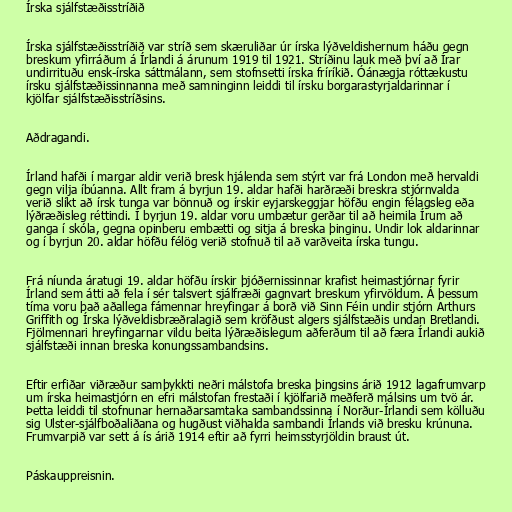
Írska sjálfstæðisstríðið

Írska sjálfstæðisstríðið var stríð sem skæruliðar úr írska lýðveldishernum háðu gegn
breskum yfirráðum á Írlandi á árunum 1919 til 1921. Stríðinu lauk með því að Írar
undirrituðu ensk-írska sáttmálann, sem stofnsetti írska fríríkið. Óánægja róttækustu
írsku sjálfstæðissinnanna með samninginn leiddi til írsku borgarastyrjaldarinnar í
kjölfar sjálfstæðisstríðsins.

Aðdragandi.

Írland hafði í margar aldir verið bresk hjálenda sem stýrt var frá London með hervaldi
gegn vilja íbúanna. Allt fram á byrjun 19. aldar hafði harðræði breskra stjórnvalda
verið slíkt að írsk tunga var bönnuð og írskir eyjarskeggjar höfðu engin félagsleg eða
lýðræðisleg réttindi. Í byrjun 19. aldar voru umbætur gerðar til að heimila Írum að
ganga í skóla, gegna opinberu embætti og sitja á breska þinginu. Undir lok aldarinnar
og í byrjun 20. aldar höfðu félög verið stofnuð til að varðveita írska tungu.

Frá níunda áratugi 19. aldar höfðu írskir þjóðernissinnar krafist heimastjórnar fyrir
Írland sem átti að fela í sér talsvert sjálfræði gagnvart breskum yfirvöldum. Á þessum
tíma voru það aðallega fámennar hreyfingar á borð við Sinn Féin undir stjórn Arthurs
Griffith og Írska lýðveldisbræðralagið sem kröfðust algers sjálfstæðis undan Bretlandi.
Fjölmennari hreyfingarnar vildu beita lýðræðislegum aðferðum til að færa Írlandi aukið
sjálfstæði innan breska konungssambandsins.

Eftir erfiðar viðræður samþykkti neðri málstofa breska þingsins árið 1912 lagafrumvarp
um írska heimastjórn en efri málstofan frestaði í kjölfarið meðferð málsins um tvö ár.
Þetta leiddi til stofnunar hernaðarsamtaka sambandssinna í Norður-Írlandi sem kölluðu
sig Ulster-sjálfboðaliðana og hugðust viðhalda sambandi Írlands við bresku krúnuna.
Frumvarpið var sett á ís árið 1914 eftir að fyrri heimsstyrjöldin braust út.

Páskauppreisnin.